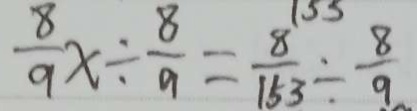
\frac { 8 } { 9 } x \div \frac { 8 } { 9 } = \frac { 8 } { 1 5 3 } \div \frac { 8 } { 9 }